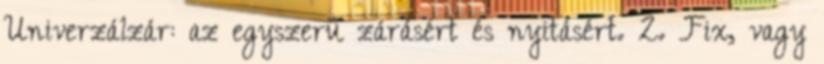
Univerzálzár: az egyszerű zárásért és nyitásért. 2. Fix, vagy